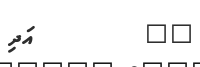
٣٥         އަދި